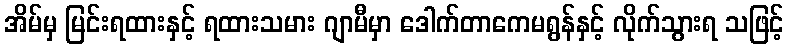
အိမ်မှ မြင်းရထားနှင့် ရထားသမား ဂျာမီမှာ ဒေါက်တာကေမရွန်နှင့် လိုက်သွားရ သဖြင့်